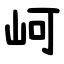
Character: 㞹